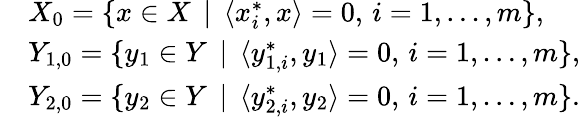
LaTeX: \begin{array}{r}{\begin{array}{ll}&{X_{0}=\{ x\in X\, \mid\, \langle x_{i}^{*},x\rangle=0,\, i=1,\ldots,m\} ,}\\ &{Y_{1,0}=\{ y_{1}\in Y\, \mid\, \langle y_{1,i}^{*},y_{1}\rangle=0,\, i=1,\ldots,m\} ,}\\ &{Y_{2,0}=\{ y_{2}\in Y\, \mid\, \langle y_{2,i}^{*},y_{2}\rangle=0,\, i=1,\ldots,m\} .}\end{array}}\end{array}